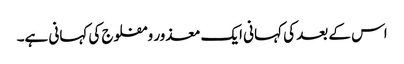
اس کے بعد کی کہانی ایک معذور و مفلوج کی کہانی ہے۔